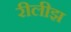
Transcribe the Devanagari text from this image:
रीलीझ